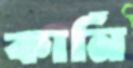
কার্নি